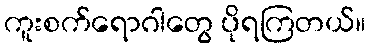
ကူးစက်ရောဂါတွေ ပိုရကြတယ်။